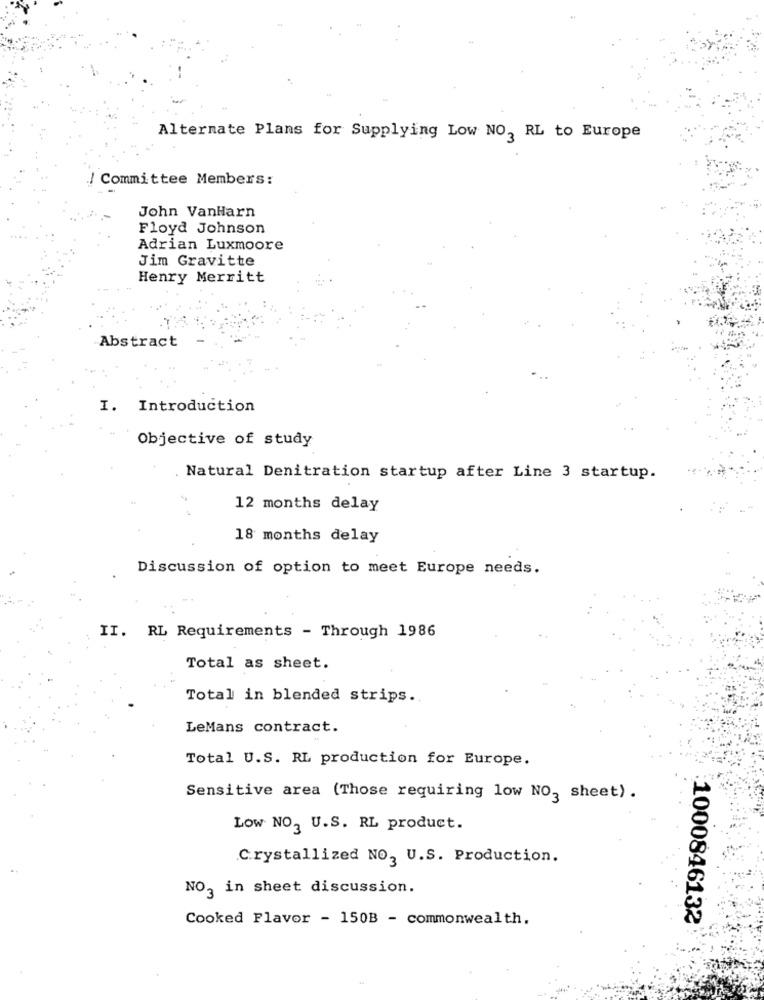
Alternate Plans for Supplying Low NO, RL to Europe
/ Committee Members:
John VanHarn
Floyd Johnson
Adrian Luxmoore
Jim Gravitte
Henry Merritt
Abstract
I. Introduction
Objective of study
Natural Denitration startup after Line 3 startup.
12 months delay
18 months delay
Discussion of option to meet Europe needs.
II. RL Requirements - Through 1986
Total as sheet.
Total in blended strips.
LeMans contract.
Total U.S. RL production for Europe.
Sensitive area (Those requiring low NO, sheet) .
Low NO, U.S. RL product.
Crystallized NO, U.S. Production.
NO3 in sheet discussion.
Cooked Flavor - 150B - commonwealth.
1000846132